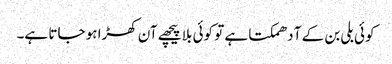
کوئی بلی بن کے آ دھمکتا ہے تو کوئی بلا پیچھے آن کھڑا ہو جاتا ہے۔